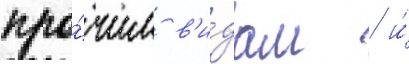
про́чим в'и́дам / и́